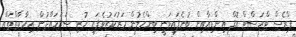
ޕްރެސް ޓްރަސްޓް އޮފް އިންޑިއާއިން ބުނެފައިވަނީ ބިންހެލުން މަރުކަޒުވެފައި ހުރި ސަރަހައްދުން އިމާރާތްތައް